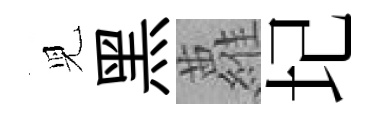
児黑蘿圮